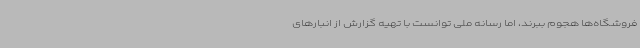
فروشگاه‌ها هجوم ببرند، اما رسانه ملی توانست با تهیه گزارش از انبارهای